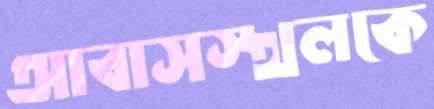
আবাসস্থলকে